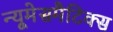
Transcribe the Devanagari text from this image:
न्यूमेसमैटिक्स